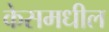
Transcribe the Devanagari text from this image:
केसमधील